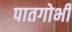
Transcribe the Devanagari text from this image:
पातगोभी